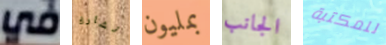
في نشارك بمليون الجانب للمكتبة